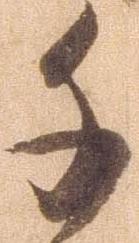
千